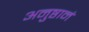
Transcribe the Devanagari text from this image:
अनुष्ठानं